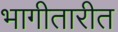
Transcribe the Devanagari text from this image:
भागीतारीत